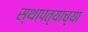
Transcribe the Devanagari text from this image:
स्थापत्याच्या